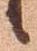
候